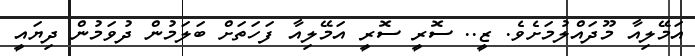
އަމޭލިއާ މޫދައްލުމަށެވެ. ޒީ.. ސޮރީ ސޮރީ އަމޭލިއާ ފަހަތަށް ބަލަމުން ދުވަމުން ދިޔައީ